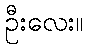
ဦးလေး။